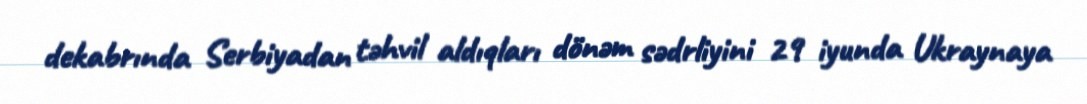
dekabrında Serbiyadan təhvil aldıqları dönəm sədrliyini 29 iyunda Ukraynaya